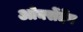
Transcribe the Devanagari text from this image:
ओक्सेंदेंग